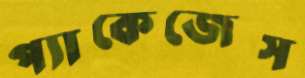
প্যাকেজেস